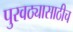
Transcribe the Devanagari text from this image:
पुरवठ्यासाठीच